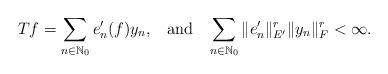
LaTeX: \begin{align*}Tf=\sum_{n\in\mathbb{N}_0} e_n'(f)y_n,\,\,\, \textnormal{ and }\,\,\,\sum_{n\in\mathbb{N}_0} \Vert e_n' \Vert^r_{E'}\Vert y_n \Vert^r_{F}<\infty.\end{align*}